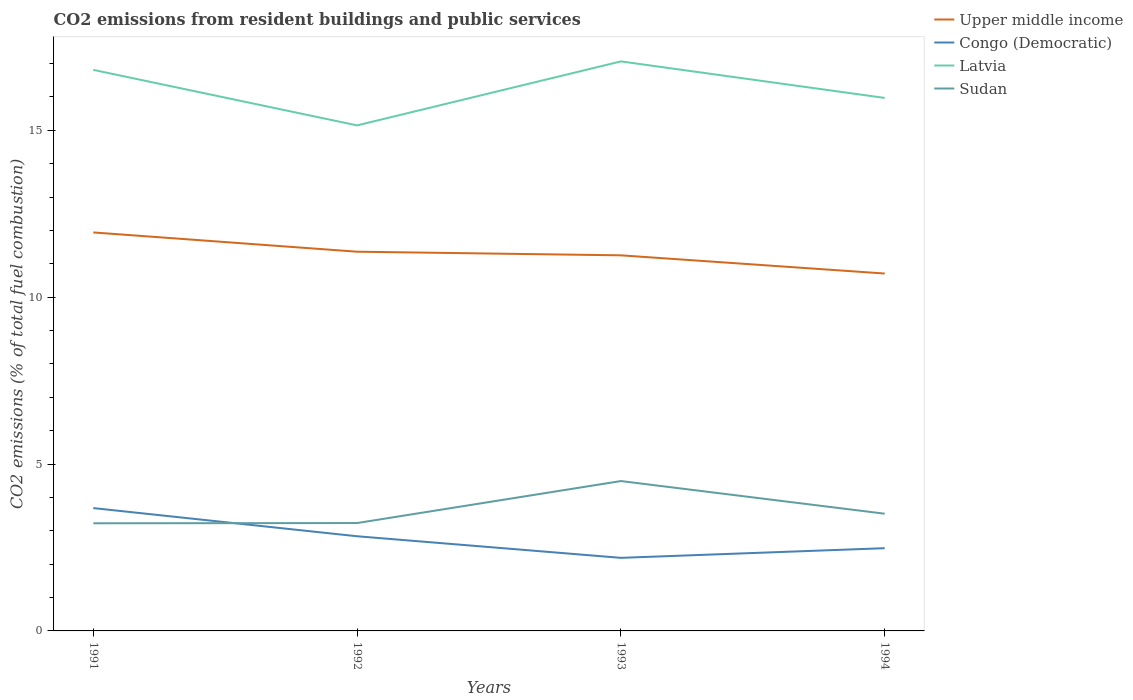
| Years | Upper middle income | Congo (Democratic) | Latvia | Sudan |
 | --- | --- | --- | --- | --- |
 | 1991 | 11.9 | 3.68 | 16.8 | 3.23 |
 | 1992 | 11.4 | 2.84 | 15.1 | 3.23 |
 | 1993 | 11.3 | 2.19 | 17.1 | 4.49 |
 | 1994 | 10.7 | 2.48 | 16 | 3.51 |